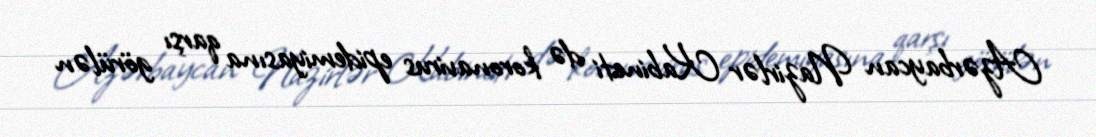
Azərbaycan Nazirlər Kabineti də koronavirus epidemiyasına qarşı görülən